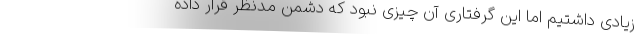
زیادی داشتیم اما این گرفتاری آن چیزی نبود که دشمن مدنظر قرار داده